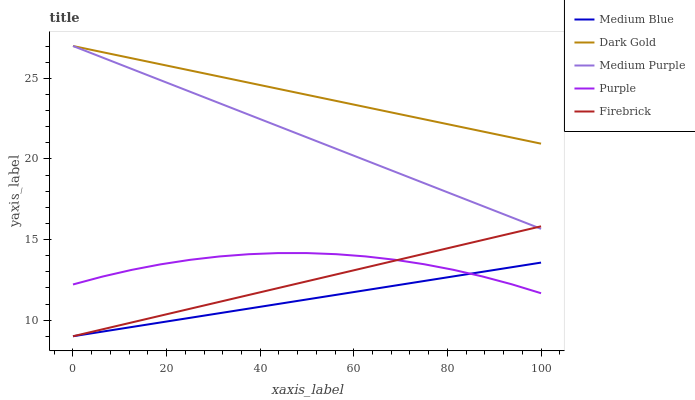
| xaxis_label | Medium Blue | Dark Gold | Medium Purple | Purple | Firebrick |
 | --- | --- | --- | --- | --- | --- |
 | 0 | 9 | 27 | 27 | 12.2 | 9 |
 | 6.25 | 9.29 | 26.6 | 26.3 | 12.7 | 9.43 |
 | 12.5 | 9.57 | 26.2 | 25.6 | 13.1 | 9.85 |
 | 18.8 | 9.86 | 25.9 | 24.9 | 13.5 | 10.3 |
 | 25 | 10.1 | 25.5 | 24.2 | 13.7 | 10.7 |
 | 31.2 | 10.4 | 25.1 | 23.5 | 13.9 | 11.1 |
 | 37.5 | 10.7 | 24.7 | 22.7 | 14.1 | 11.6 |
 | 43.8 | 11 | 24.4 | 22 | 14.2 | 12 |
 | 50 | 11.3 | 24 | 21.3 | 14.2 | 12.4 |
 | 56.2 | 11.6 | 23.6 | 20.6 | 14.1 | 12.8 |
 | 62.5 | 11.9 | 23.2 | 19.9 | 14 | 13.3 |
 | 68.8 | 12.1 | 22.8 | 19.2 | 13.7 | 13.7 |
 | 75 | 12.4 | 22.5 | 18.5 | 13.5 | 14.1 |
 | 81.2 | 12.7 | 22.1 | 17.8 | 13.1 | 14.5 |
 | 87.5 | 13 | 21.7 | 17.1 | 12.7 | 15 |
 | 93.8 | 13.3 | 21.3 | 16.4 | 12.2 | 15.4 |
 | 100 | 13.6 | 20.9 | 15.7 | 11.7 | 15.8 |